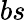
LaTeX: bs